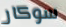
سوكار